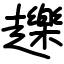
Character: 䟏